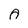
Character: A